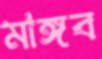
মাঙ্গব